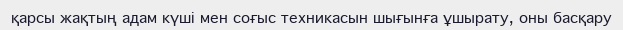
қарсы жақтың адам күші мен соғыс техникасын шығынға ұшырату, оны басқару